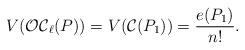
LaTeX: \begin{align*}V(\mathcal{OC}_{\ell}(P))=V(\mathcal{C}(P_1))=\frac{e(P_1)}{n!}.\end{align*}